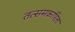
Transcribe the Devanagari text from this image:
तत्समकारिता